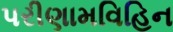
પરીણામવિહિન